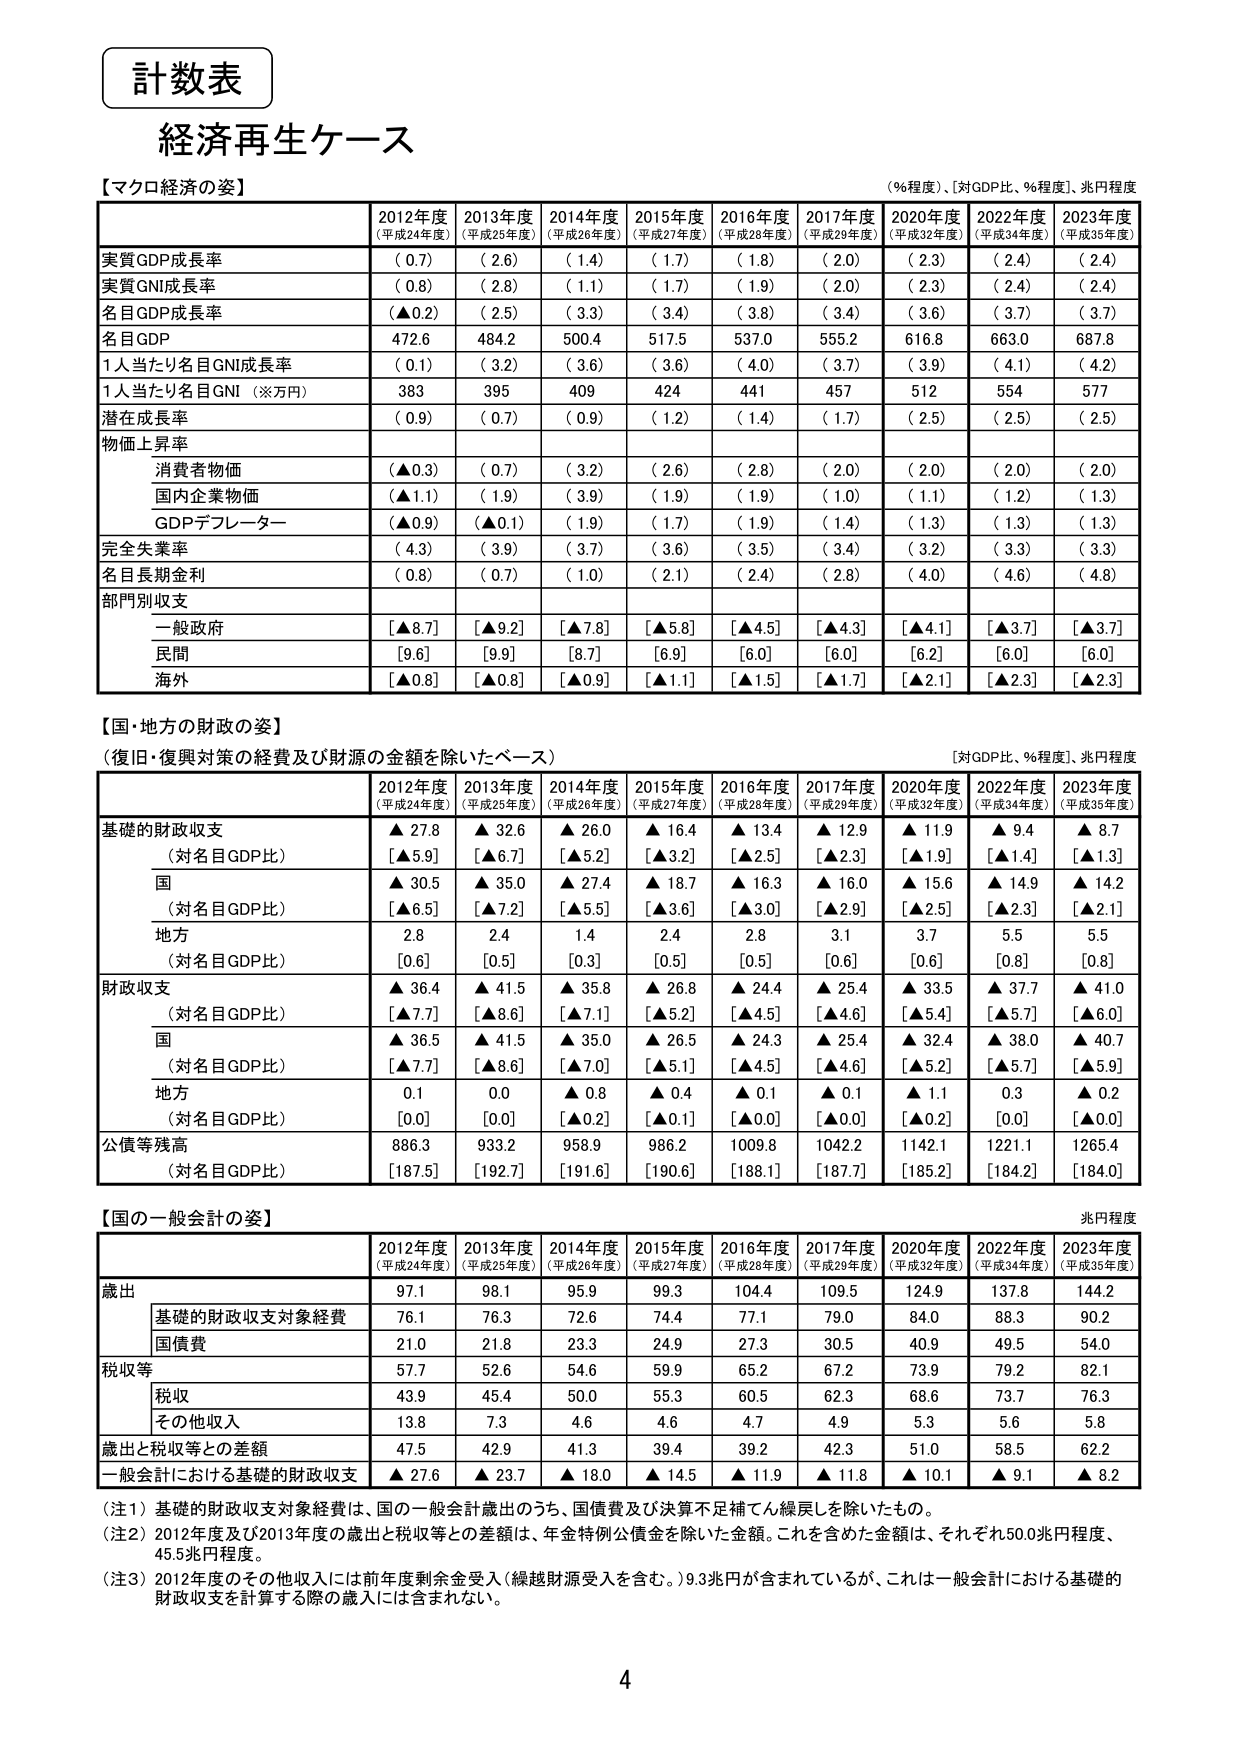
計数表
経済再生ケース

【マクロ経済の姿】
（％程度）、［対GDP比、％程度］、兆円程度

2012年度
（平成24年度）
2013年度
（平成25年度）
2014年度
（平成26年度）
2015年度
（平成27年度）
2016年度
（平成28年度）
2017年度
（平成29年度）
2020年度
（平成32年度）
2022年度
（平成34年度）
2023年度
（平成35年度）

実質GDP成長率
（ 0.7）
（ 2.6）
（ 1.4）
（ 1.7）
（ 1.8）
（ 2.0）
（ 2.3）
（ 2.4）
（ 2.4）

実質GNI成長率
（ 0.8）
（ 2.8）
（ 1.1）
（ 1.7）
（ 1.9）
（ 2.0）
（ 2.3）
（ 2.4）
（ 2.4）

名目GDP成長率
（▲0.2）
（ 2.5）
（ 3.3）
（ 3.4）
（ 3.8）
（ 3.4）
（ 3.6）
（ 3.7）
（ 3.7）

名目GDP
472.6
484.2
500.4
517.5
537.0
555.2
616.8
663.0
687.8

1人当たり名目GNI成長率
（ 0.1）
（ 3.2）
（ 3.6）
（ 3.6）
（ 4.0）
（ 3.7）
（ 3.9）
（ 4.1）
（ 4.2）

1人当たり名目GNI（※万円）
383
395
409
424
441
457
512
554
577

潜在成長率
（ 0.9）
（ 0.7）
（ 0.9）
（ 1.2）
（ 1.4）
（ 1.7）
（ 2.5）
（ 2.5）
（ 2.5）

物価上昇率
　消費者物価
（▲0.3）
（ 0.7）
（ 3.2）
（ 2.6）
（ 2.8）
（ 2.0）
（ 2.0）
（ 2.0）
（ 2.0）
　国内企業物価
（▲1.1）
（ 1.9）
（ 3.9）
（ 1.9）
（ 1.9）
（ 1.0）
（ 1.1）
（ 1.2）
（ 1.3）
　GDPデフレーター
（▲0.9）
（▲0.1）
（ 1.9）
（ 1.7）
（ 1.9）
（ 1.4）
（ 1.3）
（ 1.3）
（ 1.3）

完全失業率
（ 4.3）
（ 3.9）
（ 3.7）
（ 3.6）
（ 3.5）
（ 3.4）
（ 3.2）
（ 3.3）
（ 3.3）

名目長期金利
（ 0.8）
（ 0.7）
（ 1.0）
（ 2.1）
（ 2.4）
（ 2.8）
（ 4.0）
（ 4.6）
（ 4.8）

部門別収支
　一般政府
［▲8.7］
［▲9.2］
［▲7.8］
［▲5.8］
［▲4.5］
［▲4.3］
［▲4.1］
［▲3.7］
［▲3.7］
　民間
［9.6］
［9.9］
［8.7］
［6.9］
［6.0］
［6.0］
［6.2］
［6.0］
［6.0］
　海外
［▲0.8］
［▲0.8］
［▲0.9］
［▲1.1］
［▲1.5］
［▲1.7］
［▲2.1］
［▲2.3］
［▲2.3］

【国・地方の財政の姿】
（復旧・復興対策の経費及び財源の金額を除いたベース）
［対GDP比、％程度］、兆円程度

2012年度
（平成24年度）
2013年度
（平成25年度）
2014年度
（平成26年度）
2015年度
（平成27年度）
2016年度
（平成28年度）
2017年度
（平成29年度）
2020年度
（平成32年度）
2022年度
（平成34年度）
2023年度
（平成35年度）

基礎的財政収支
▲ 27.8
▲ 32.6
▲ 26.0
▲ 16.4
▲ 13.4
▲ 12.9
▲ 11.9
▲ 9.4
▲ 8.7
（対名目GDP比）
［▲5.9］
［▲6.7］
［▲5.2］
［▲3.2］
［▲2.5］
［▲2.3］
［▲1.9］
［▲1.4］
［▲1.3］

国
▲ 30.5
▲ 35.0
▲ 27.4
▲ 18.7
▲ 16.3
▲ 16.0
▲ 15.6
▲ 14.9
▲ 14.2
（対名目GDP比）
［▲6.5］
［▲7.2］
［▲5.5］
［▲3.6］
［▲3.0］
［▲2.9］
［▲2.5］
［▲2.3］
［▲2.1］

地方
2.8
2.4
1.4
2.4
2.8
3.1
3.7
5.5
5.5
（対名目GDP比）
［0.6］
［0.5］
［0.3］
［0.5］
［0.5］
［0.6］
［0.6］
［0.8］
［0.8］

財政収支
▲ 36.4
▲ 41.5
▲ 35.8
▲ 26.8
▲ 24.4
▲ 25.4
▲ 33.5
▲ 37.7
▲ 41.0
（対名目GDP比）
［▲7.7］
［▲8.6］
［▲7.1］
［▲5.2］
［▲4.5］
［▲4.6］
［▲5.4］
［▲5.7］
［▲6.0］

国
▲ 36.5
▲ 41.5
▲ 35.0
▲ 26.5
▲ 24.3
▲ 25.4
▲ 32.4
▲ 38.0
▲ 40.7
（対名目GDP比）
［▲7.7］
［▲8.6］
［▲7.0］
［▲5.1］
［▲4.5］
［▲4.6］
［▲5.2］
［▲5.7］
［▲5.9］

地方
0.1
0.0
▲ 0.8
▲ 0.4
▲ 0.1
▲ 0.1
▲ 1.1
0.3
▲ 0.2
（対名目GDP比）
［0.0］
［0.0］
［▲0.2］
［▲0.1］
［▲0.0］
［▲0.0］
［▲0.2］
［0.0］
［▲0.0］

公債等残高
886.3
933.2
958.9
986.2
1009.8
1042.2
1142.1
1221.1
1265.4
（対名目GDP比）
［187.5］
［192.7］
［191.6］
［190.6］
［188.1］
［187.7］
［185.2］
［184.2］
［184.0］

【国の一 般会計の姿】
兆円程度

2012年度
（平成24年度）
2013年度
（平成25年度）
2014年度
（平成26年度）
2015年度
（平成27年度）
2016年度
（平成28年度）
2017年度
（平成29年度）
2020年度
（平成32年度）
2022年度
（平成34年度）
2023年度
（平成35年度）

歳出
97.1
98.1
95.9
99.3
104.4
109.5
124.9
137.8
144.2

　基礎的財政収支対象経費
76.1
76.3
72.6
74.4
77.1
79.0
84.0
88.3
90.2

　国債費
21.0
21.8
23.3
24.9
27.3
30.5
40.9
49.5
54.0

税収等
57.7
52.6
54.6
59.9
65.2
67.2
73.9
79.2
82.1

　税収
43.9
45.4
50.0
55.3
60.5
62.3
68.6
73.7
76.3

　その他収入
13.8
7.3
4.6
4.6
4.7
4.9
5.3
5.6
5.8

歳出と税収等との差額
47.5
42.9
41.3
39.4
39.2
42.3
51.0
58.5
62.2

一般会計における基礎的財政収支
▲ 27.6
▲ 23.7
▲ 18.0
▲ 14.5
▲ 11.9
▲ 11.8
▲ 10.1
▲ 9.1
▲ 8.2

（注1）基礎的財政収支対象経費は、国の一般会計歳出のうち、国債費及び決算不足補てん繰戻しを除いたもの。
（注2）2012年度及び2013年度の歳出と税収等との差額は、年金特例公債金を除いた金額。これを含めた金額は、それぞれ50.0兆円程度、45.5兆円程度。
（注3）2012年度のその他収入には前年度剰余金受入（繰越財源受入を含む。）9.3兆円が含まれているが、これは一般会計における基礎的財政収支を計算する際の歳入には含まれない。

4